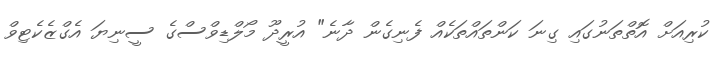
ކުރިއަށް އޮތްތަނުގައި ގިނަ ކަންތައްތަކެއް ފެނިގެން ދާނެ" އުރީދޫ މޯލްޑިވްސްގެ ސީނިޔަ އެގްޒެކެޓިވް